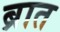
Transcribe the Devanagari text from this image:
ब्रात